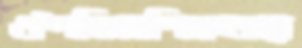
ঔপনিবেশিকতার